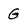
Character: G